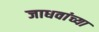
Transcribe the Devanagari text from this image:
जाधवांच्या